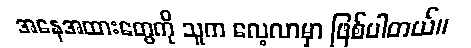
အနေအထားတွေကို သူက လေ့လာမှာ ဖြစ်ပါတယ်။